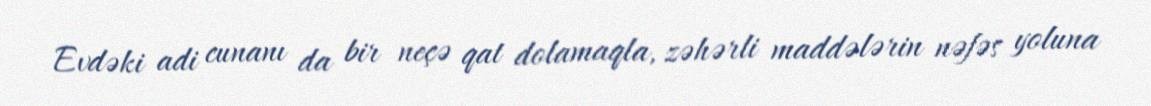
Evdəki adi cunanı da bir neçə qat dolamaqla, zəhərli maddələrin nəfəs yoluna